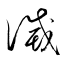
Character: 滅